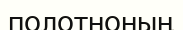
полотноның